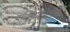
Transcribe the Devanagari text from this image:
इग्लिमेरमिलॉस